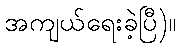
အကျယ်ရေးခဲ့ပြီ)။